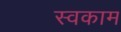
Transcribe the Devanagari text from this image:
स्वकाम